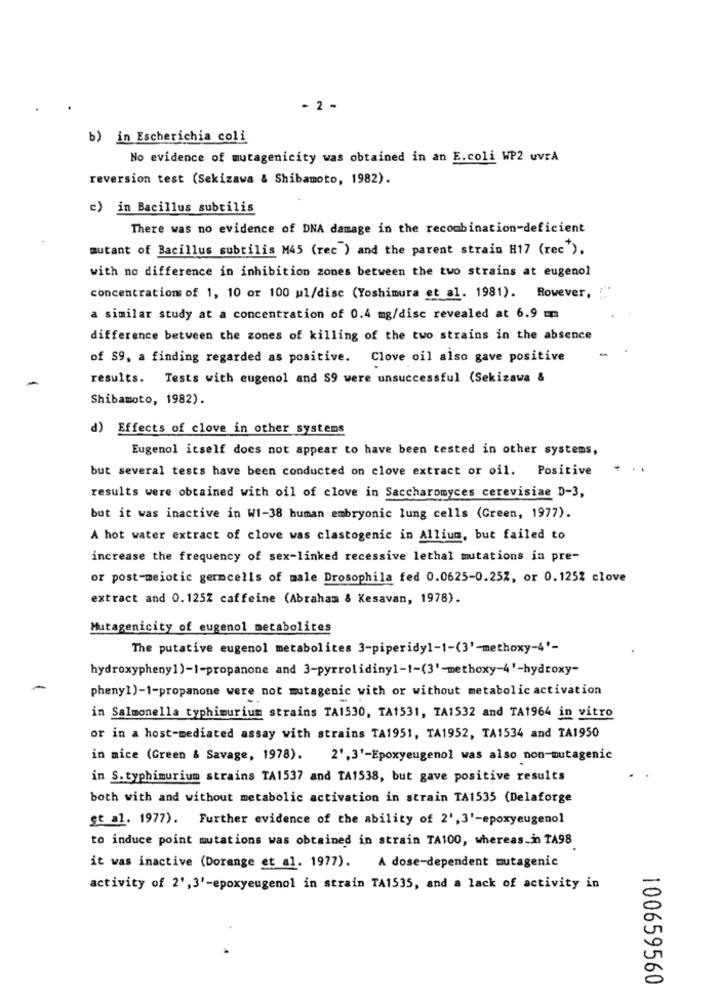
- 2 -
b) in Escherichia coli
No evidence of mutagenicity was obtained in an E.coli WP2 uvrA
reversion test (Sekizawa & Shibamoto, 1982).
c) in Bacillus subtilis
There was no evidence of DNA damage in the recombination-deficient
mutant of Bacillus subtilis M45 (rec ) and the parent strain H17 (rec').
with no difference in inhibition zones between the two strains at eugenol
concentration of 1, 10 or 100 ul/disc (Yoshimura et al. 1981). However,
a similar study at a concentration of 0.4 mg/disc revealed at 6.9 mm
difference between the zones of killing of the two strains in the absence
of $9, a finding regarded as positive.
Clove oil also gave positive
results. Tests with eugenol and S9 were unsuccessful (Sekizawa &
Shibamoto, 1982).
d) Effects of clove in other systems
Eugenol itself does not appear to have been tested in other systems,
but several tests have been conducted on clove extract or oil. Positive
results were obtained with oil of clove in Saccharomyces cerevisiae D-3,
but it was inactive in W1-38 human embryonic lung cells (Green, 1977).
A hot water extract of clove was clastogenic in Allium, but failed to
increase the frequency of sex-linked recessive lethal mutations in pre-
or post-meiotic germcells of male Drosophila fed 0.0625-0.25Z, or 0.125% clove
extract and 0.125Z caffeine (Abraham & Kesavan, 1978).
Mutagenicity of eugenol metabolites
The putative eugenol metabolites 3-piperidy1-1-(3'-methoxy-4'-
hydroxypheny1)-1-propanone and 3-pyrrolidiny1-1-(3'-methoxy-4'-hydroxy-
pheny1)-1-propanone were not mutagenic with or without metabolic activation
in Salmonella typhimurium strains TA1530, TA1531, TA1532 and TA1964 in vitro
or in a host-mediated assay with strains TA1951, TA1952, TA1534 and TA1950
in mice (Green & Savage, 1978).
2',3'-Epoxyeugenol was also non-mutagenic
in S.typhimurium strains TA1537 and TA1538, but gave positive results
both with and without metabolic activation in strain TA1535 (Delaforge
gt al. 1977). Further evidence of the ability of 2', 3'-epoxyeugenol
to induce point mutations was obtained in strain TA100, whereas-in TA98
it was inactive (Dorange et al. 1977).
A dose-dependent mutagenic
activity of 2',3'-epoxyeugenol in strain TA1535, and a lack of activity in
100659560